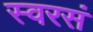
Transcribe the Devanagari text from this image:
स्वरसं